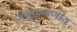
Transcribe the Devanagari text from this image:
अनुक्रमणीय